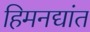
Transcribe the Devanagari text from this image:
हिमनद्यांत